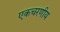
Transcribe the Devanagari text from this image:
एकचरणीय